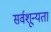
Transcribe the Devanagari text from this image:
सर्वशून्यता